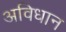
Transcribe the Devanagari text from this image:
अविधान